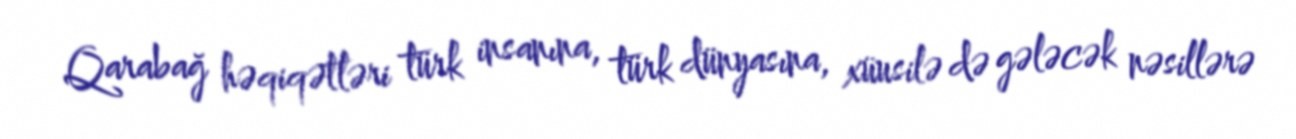
Qarabağ həqiqətləri türk insanına, türk dünyasına, xüusilə də gələcək nəsillərə